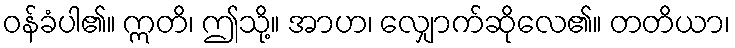
ဝန်ခံပါ၏။ ဣတိ၊ ဤသို့။ အာဟ၊ လျှောက်ဆိုလေ၏။ တတိယာ၊